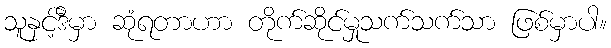
သူနှင့်ဒီမှာ ဆုံရတာဟာ တိုက်ဆိုင်မှုသက်သက်သာ ဖြစ်မှာပါ။